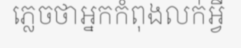
ភ្លេចថាអ្នកកំពុងលក់អ្វី